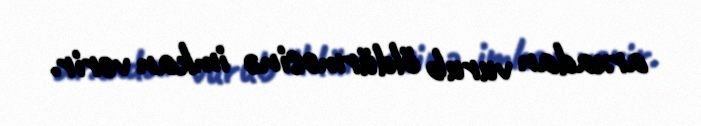
arxadan vurub öldürməsinə imkan verir.